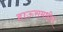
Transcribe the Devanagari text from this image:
हाऊसमधील